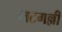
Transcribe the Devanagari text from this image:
भटगल्ली